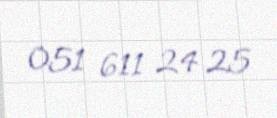
051 611 24 25